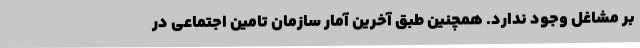
بر مشاغل وجود ندارد. همچنین طبق آخرین آمار سازمان تامین اجتماعی در